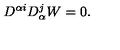
D ^ { \alpha i } D _ { \alpha } ^ { j } W = 0 .